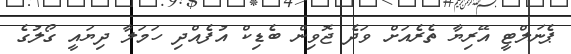
ޕެނަލްޓީ އޭރިޔާ ތެރެއަށް ވަދެ ޖޮވިން ބެޑިކް އުފެއްދި ހަމަލާ ދިޔައީ ގޯލުގެ